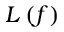
L \left( f \right)